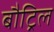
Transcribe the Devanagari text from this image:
बौट्रिल